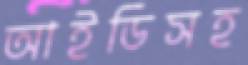
আইডিসহ